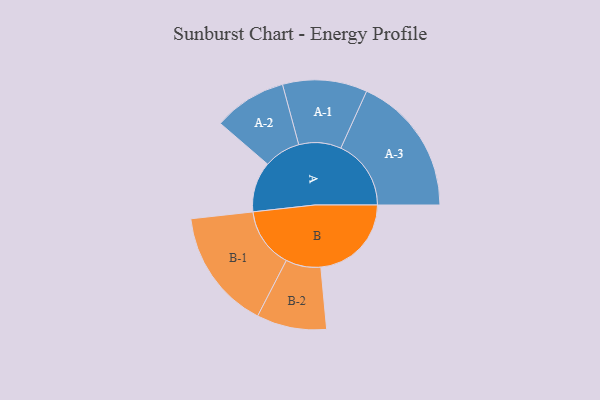
{"axis": {"x": "Segment", "y": "Value"}, "legend": ["", "A", "B"], "data": [{"x": "A", "y": 193, "type": ""}, {"x": "B", "y": 347, "type": ""}, {"x": "A-1", "y": 162, "type": "A"}, {"x": "A-2", "y": 140, "type": "A"}, {"x": "A-3", "y": 269, "type": "A"}, {"x": "B-1", "y": 231, "type": "B"}, {"x": "B-2", "y": 134, "type": "B"}]}